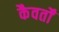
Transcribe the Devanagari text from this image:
कैवर्तों